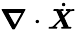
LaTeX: \boldsymbol{\nabla}\cdot\dot{\boldsymbol{X}}